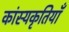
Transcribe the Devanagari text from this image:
कांस्यकृतियाँ